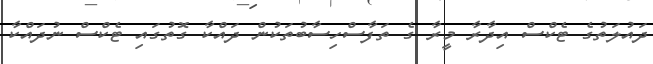
ދައުލަތުގެ ޓެކްސް އިދާރާ މީރާ ގެ ތަފާސްހިސާބުތަކުން ދައްކާ ގޮތުގައި ޓެކްސް ނުދައްކާ